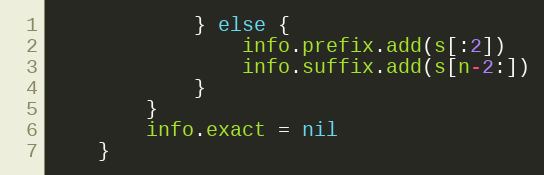
Language: Go
			} else {
				info.prefix.add(s[:2])
				info.suffix.add(s[n-2:])
			}
		}
		info.exact = nil
	}